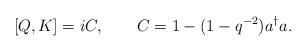
LaTeX: \begin{align*}[Q,K]=iC, \qquad C=1-(1-q^{-2})a^\dagger a.\end{align*}